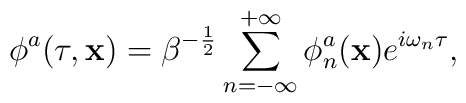
\phi^{a}(\tau,{\bf x})=\beta^{-\frac{1}{2}}\sum_{n=-\infty}^{+\infty}\phi_{n}^{a}({\bf x})e^{i\omega_{n}\tau},